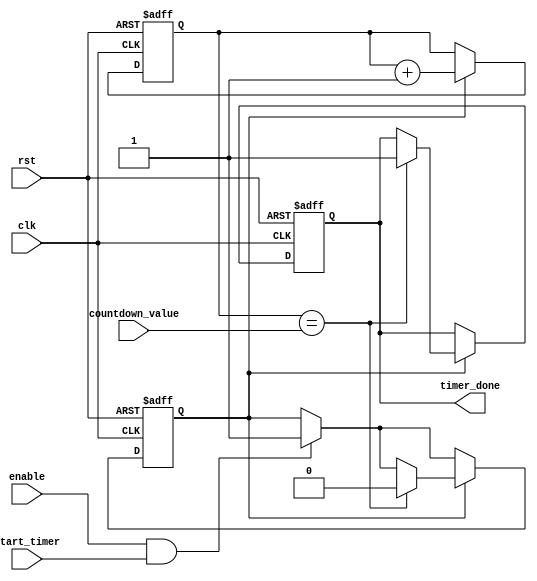
module countdown_timer (
  input wire clk,
  input wire rst,
  input wire enable,
  input wire start_timer,
  input wire [7:0] countdown_value,
  output reg timer_done
);

reg [7:0] count;
reg timer_running;

always @(posedge clk or posedge rst) begin
  if (rst) begin
    count <= 8'b0;
    timer_done <= 1'b0;
    timer_running <= 1'b0;
  end else begin
    if (enable && start_timer) begin
      timer_running <= 1'b1;
    end
    if (timer_running) begin
      count <= count + 1;
      if (count == countdown_value) begin
        timer_done <= 1'b1;
        timer_running <= 1'b0;
      end
    end
  end
end

endmodule